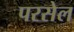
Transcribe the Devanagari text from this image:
परसेल